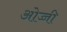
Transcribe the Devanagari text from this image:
ओज्जी